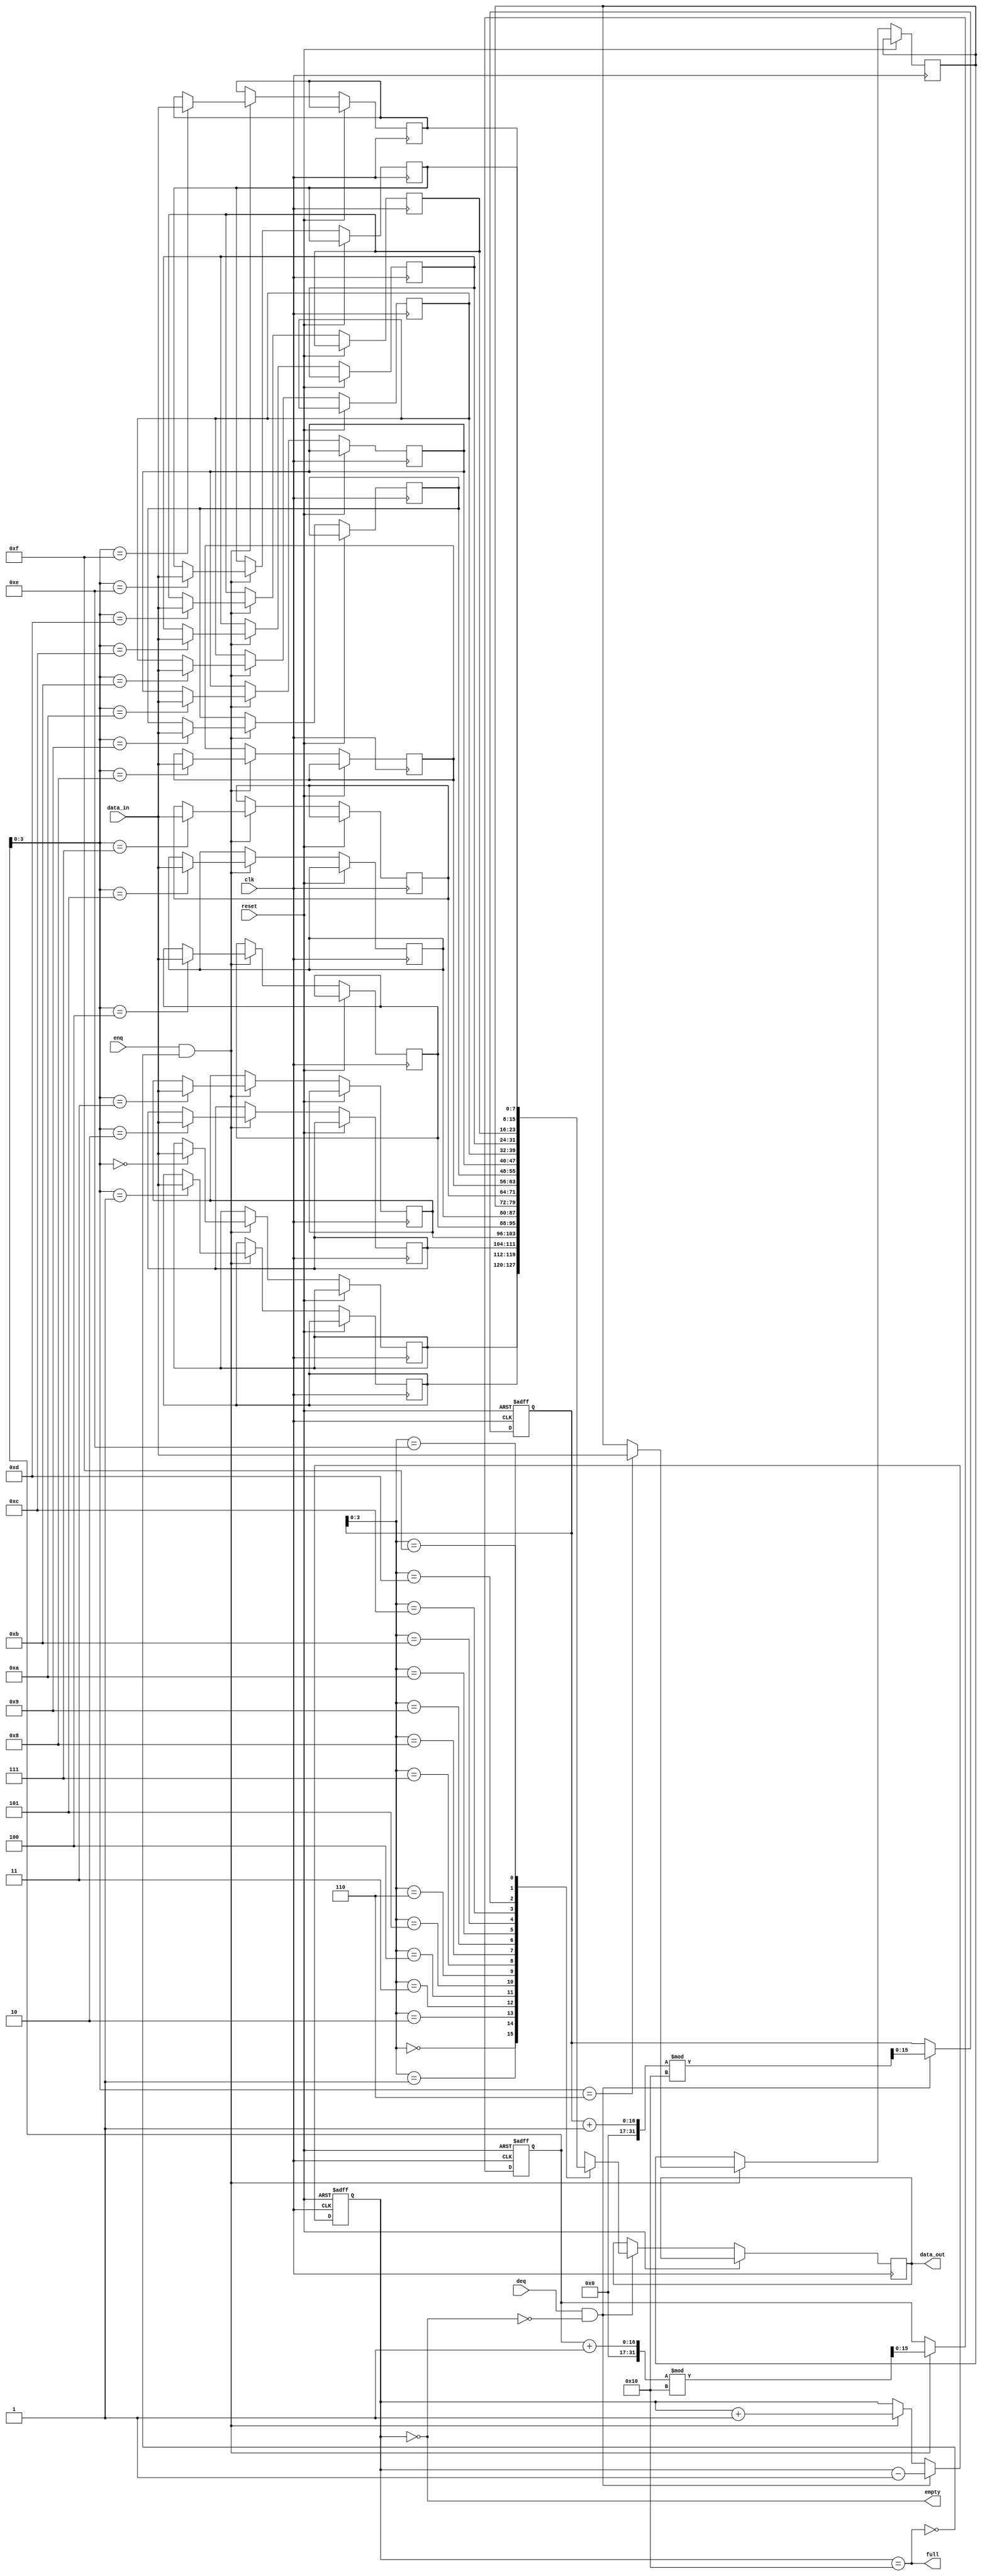
module fifo_buffer (
    input wire clk,
    input wire reset,
    input wire enq,
    input wire deq,
    input wire [DATA_WIDTH-1:0] data_in,
    output wire [DATA_WIDTH-1:0] data_out,
    output wire full,
    output wire empty
);

parameter SIZE = 16;
parameter DATA_WIDTH = 8;

reg [DATA_WIDTH-1:0] buffer [SIZE-1:0];
reg [SIZE-1:0] head, tail;
reg [SIZE-1:0] count;

assign full = (count == SIZE);
assign empty = (count == 0);

always @(posedge clk or posedge reset)
begin
    if (reset)
    begin
        head <= 0;
        tail <= 0;
        count <= 0;
    end
    else
    begin
        if (enq && !full)
        begin
            buffer[head] <= data_in;
            head <= (head + 1) % SIZE;
            count <= count + 1;
        end
        
        if (deq && !empty)
        begin
            data_out <= buffer[tail];
            tail <= (tail + 1) % SIZE;
            count <= count - 1;
        end
    end
end

endmodule